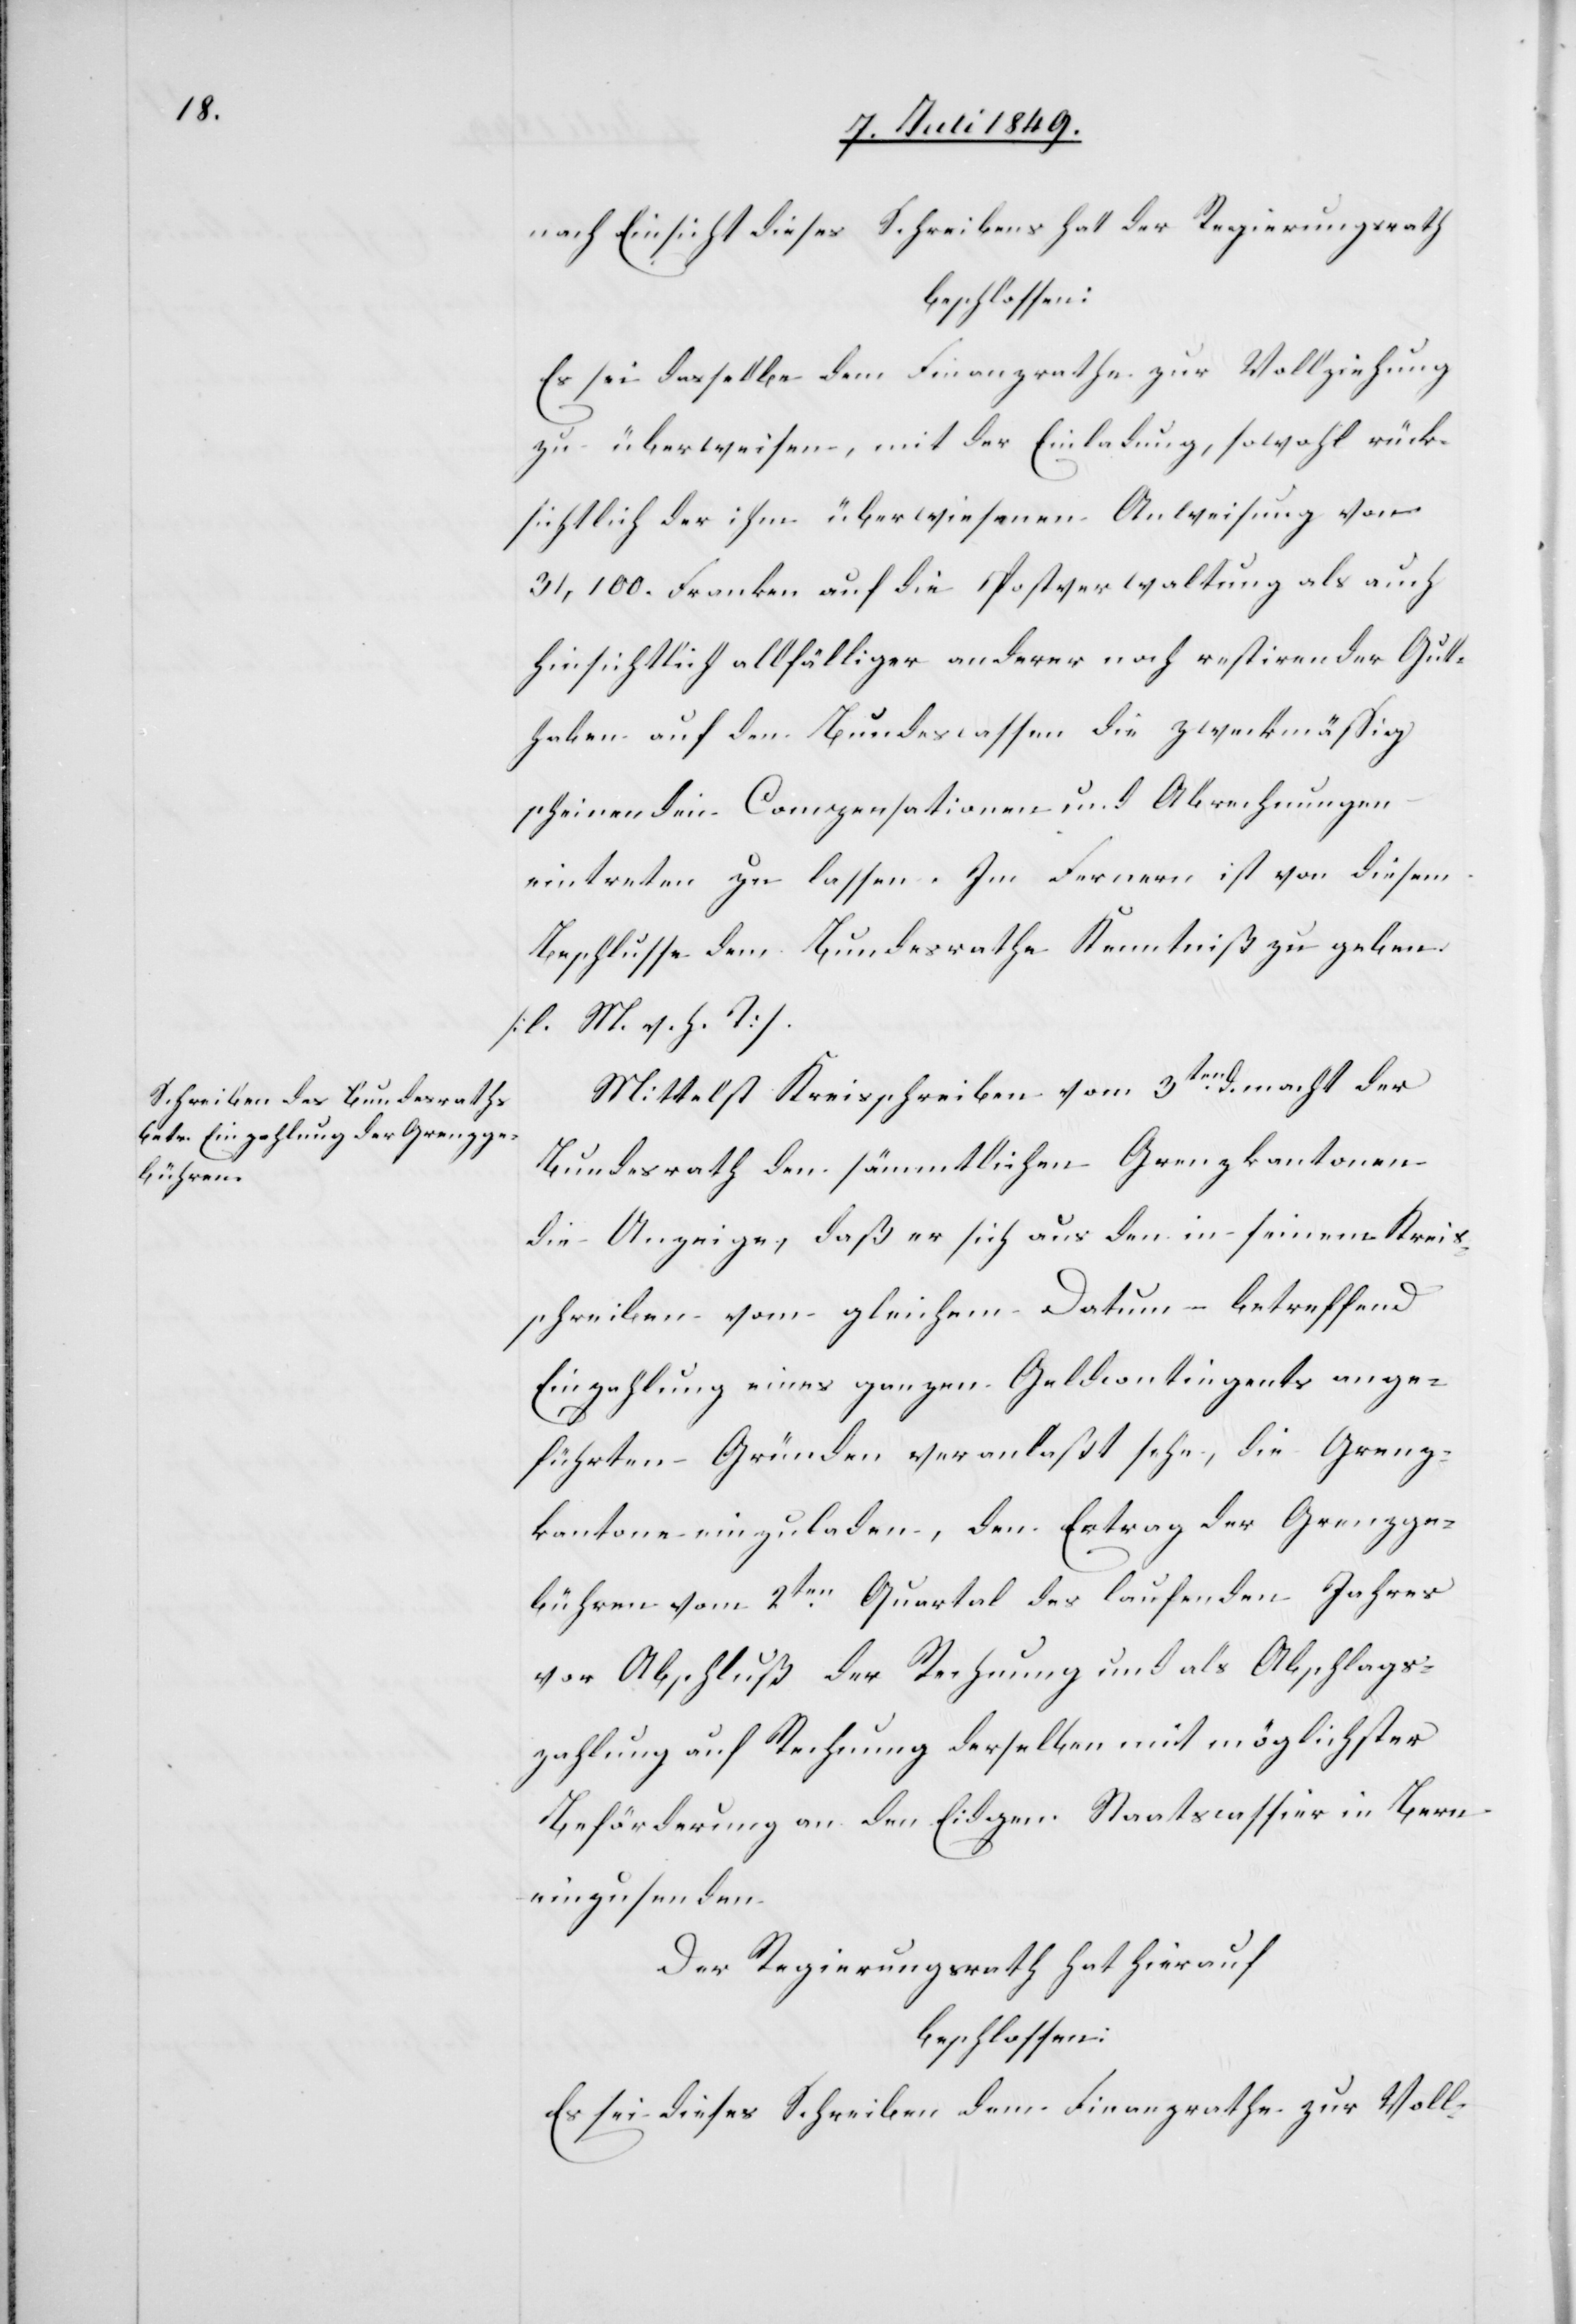
nach Einsicht dieses Schreibens hat der Regierungsrath
beschlossen:
Es sei dasselbe dem Finanzrathe zur Vollziehung
zu überweisen, mit den Einladung, sowohl rück¬
sichtlich der ihm überwiesenen Anweisung von
31,100. Franken auf die Postverwaltung als auch
hinsichtlich allfälliger anderer noch restirender Gut¬
haben auf den Bundescassen die zweckmässig
scheinenden Compensationen und Abrechnungen
eintreten zu lassen. Im Fernern ist von diesem
Beschlusse dem Bundesrathe Kenntniß zu geben.
[l. M. v. h. T]
Mittelst Kreisschreiben vom 3ten d. macht der
Bundesrath den sämmtlichen Grenzkantonen
die Anzeige, daß er sich aus den in seinem Kreis¬
schreiben vom gleichem Datum – betreffend
Einzahlung eines ganzen Geldcontingents ange¬
führten Gründen veranlaßt sehe, die Grenz¬
kantone einzuladen, den Ertrag der Grenzge¬
bühren vom 2ten Quartal des laufenden Jahres
vor Abschluß der Rechnung und als Abschlags¬
zahlung auf Rechnung derselben mit möglichster
Beförderung an den Eidgen. Staatscassier in Bern
einzusenden
Der Regierungsrath hat hierauf
beschlossen:
Es sei dieses Schreiben dem Finanzrathe zur Voll-